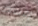
إفساد